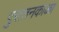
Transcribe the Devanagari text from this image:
पुरातनकाळा